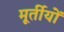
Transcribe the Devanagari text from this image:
मूर्तीयों